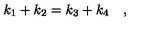
k _ { 1 } + k _ { 2 } = k _ { 3 } + k _ { 4 } \quad ,